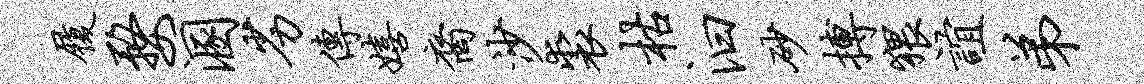
履婺溷劣传嬉裔沙裘枯汩砂搏猥谊弟